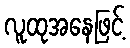
လူထုအနေဖြင့်